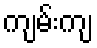
ကျမ်းကျ